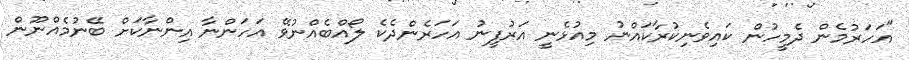
"އަހަރުމެން ދެމީހުން ކައިވެނިކުރާކައްނު މިއުޅެނީ އަރުފީނު އަހަރެންދެކެ ލޯއްބެއްނުވޭ އަހަންނާ އިންނާކަށް ބޭނުމެއްނޫން